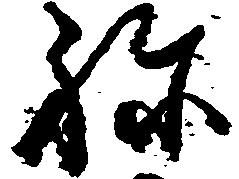
ね